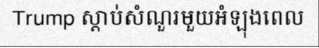
Trump ស្តាប់សំណួរមួយអំឡុងពេល